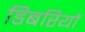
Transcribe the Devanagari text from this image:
डिबरियों